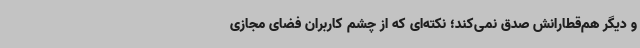
و دیگر هم‌قطارانش صدق نمی‌کند؛ نکته‌ای که از چشم کاربران فضای مجازی